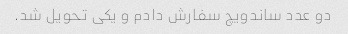
دو عدد ساندویچ سفارش دادم و یکی تحویل شد.